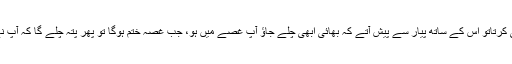
اگر کوئی بدتمیزی بھی کرتاتو اس کے ساتھ پیار سے پیش آتے کہ بھائی ابھی چلے جاؤ آپ غصے میں ہو، جب غصہ ختم ہوگا تو پھر پتہ چلے گا کہ آپ نے ہی غلط کام کیا ہے۔